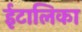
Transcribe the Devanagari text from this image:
ईटालिका